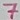
Text: 7